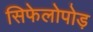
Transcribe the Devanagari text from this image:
सिफेलोपोड़